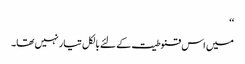
‘‘
میں اس قنوطیت کے لئے بالکل تیار نہیں تھا۔